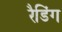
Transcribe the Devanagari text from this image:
रैडिंग